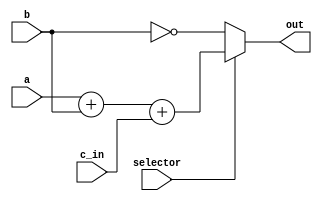
module verification_connector(out, selector, a, b, c_in);
    parameter width = 1;
    
    // Inputs
    input [width-1:0]       a, b;
    input                   c_in, selector;
    
    // Outputs
    output [width-1:0]      out;
    
    assign {out} = selector ? a + b + c_in : ~b;
endmodule